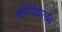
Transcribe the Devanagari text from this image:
श्रीविद्यारत्न